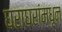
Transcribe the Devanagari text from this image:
घराघरांमधून